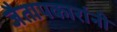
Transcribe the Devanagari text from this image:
जैतापकारांनी